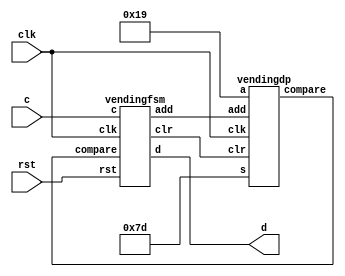
module vendingfsmd(input wire clk,
		   input wire  rst,
		   input wire  c,
		   output wire d);

   parameter COIN = 25,   // coins are quarters
             COST = 125;  // 5 quarters for a soda
   
   wire 			    add, clr, compare;
   wire [7:0] 			    a;
   wire [7:0] 			    s;

   assign a = COIN;
   assign s = COST;

   vendingdp dp(.clk(clk),
		.a(a),
		.s(s),
		.add(add),
		.clr(clr),
		.compare(compare));

   vendingfsm fsm(.rst(rst),
		  .clk(clk),
		  .c(c),
		  .compare(compare),
		  .add(add),
		  .clr(clr),
		  .d(d));
   
endmodule

module vendingdp(input  wire clk,
		 input wire [7:0] a,
		 input wire [7:0] s,
		 input wire 	  add,
		 input wire 	  clr,
                 output wire 	  compare);
   
   reg [7:0] 			  total;
   wire [7:0] 			  total_next;
   
   always @(posedge clk)
     total <= total_next;   
   
   assign total_next = clr ? 8'b0 :
	               add ? total + a :
		       total;
   
   assign compare = (total < s);
   
endmodule	 

module vendingfsm(input  wire  rst,
		  input  wire  clk,
		  input  wire  c,
		  input  wire  compare,
		  output reg   add,
		  output reg   clr,
		  output reg   d);
   
   localparam SInit = 0, Wait = 1, Add = 2, Disp = 3;
   
   reg [1:0] 		      state, next_state;
   
   always @(posedge clk, posedge rst)
     if (rst)
       state <= SInit;
     else
       state <= next_state;
   
   always @(*)
     begin
	add = 1'b0;
	clr = 1'b0;
	d   = 1'b0;
	case (state)
	  
	  SInit:	    
	    begin
	       clr = 1'b1;
               next_state = Wait;
	    end
	  
	  Wait: 
	    begin
	       if (~c & compare)       next_state = Wait;
               else if (~c & ~compare) next_state = Disp;
               else                    next_state = Add;
	    end
	  
	  Add:
	    begin
	       add = 1'b1;
               next_state = Wait;
	    end
	  
	  Disp: 
	    begin
	       d   = 1'b1;
               next_state = SInit;
	    end
	  
	  default:
	  	next_state = SInit;
	  	
	endcase
     end
   
endmodule